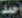
احمد